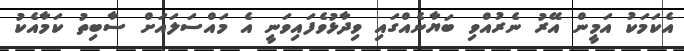
އެކަމަކު އަމީން އޭރު ނެރުއްވި ބަޔާނެއްގައި ވިދާޅުވެފައިވަނީ އެ މައްސަލައަށް ސާބިތު ކަމާއެކު